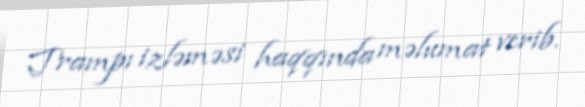
Trampı izləməsi haqqında məlumat verib.